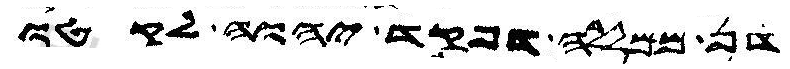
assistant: דן ממללה דפקד יהוה לקטו